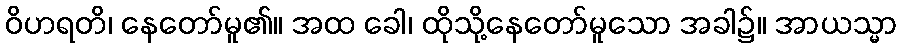
ဝိဟရတိ၊ နေတော်မူ၏။ အထ ခေါ၊ ထိုသို့နေတော်မူသော အခါ၌။ အာယသ္မာ